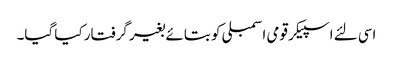
اسی لئے اسپیکر قومی اسمبلی کو بتائے بغیر گرفتار کیا گیا۔